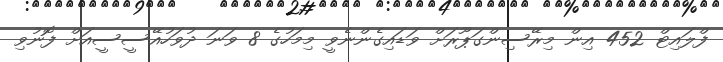
ފްލައިޓް 452 އިން މިރޭސިންގަޕޫރަށް ވަޑައިގެންނެވީ މިމަހުގެ 8 ވަނަ ދުވަހުއޭސީސީއަށް ފޮނުވި